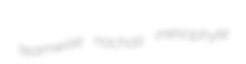
teamwise nachas mesophyte